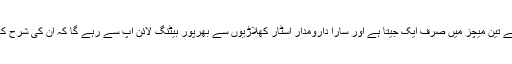
بنگلور کی ٹیم نے اپنے تین میچز میں صرف ایک جیتا ہے اور سارا دارومدار اسٹار کھلاڑیوں سے بھرپور بیٹنگ لائن اپ سے رہے گا کہ اُن کی شرح کامیابی کو بہتر بنائیں۔